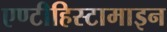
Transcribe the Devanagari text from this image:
एण्टीहिस्टामाइन